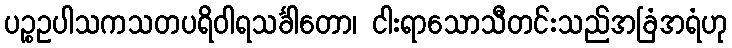
ပဉ္စဥပါသကသတပရိဝါရသင်္ခါတော၊ ငါးရာသောသီတင်းသည်အခြံအရံဟု